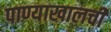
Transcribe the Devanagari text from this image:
पाण्याखालची